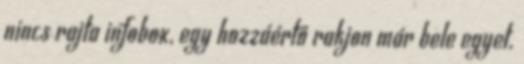
nincs rajta infobox, egy hozzáértő rakjon már bele egyet.